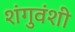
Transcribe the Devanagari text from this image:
शंगुवंशी